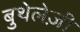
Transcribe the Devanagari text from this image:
बुथेलेज़ी